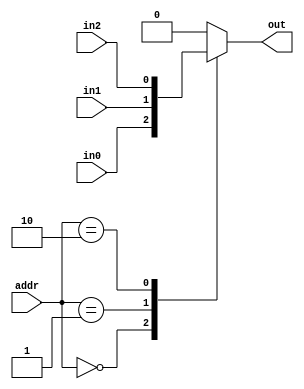
module MUX_3to1(out,in0,in1,in2,addr);
  parameter n=1;            	 //n is the number of input/output 
  output reg[n-1:0] out;
  input[n-1:0] in0,in1,in2;	     
  input [1:0]addr;
  
  always @(*)
		begin 
			 case(addr)
				2'b00:	out = in0;
				2'b01:	out = in1;	
				2'b10:	out = in2;
				default: 	out = 0;		// error: out =0;
			 endcase
		end

endmodule